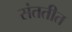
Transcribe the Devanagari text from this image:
संततीत